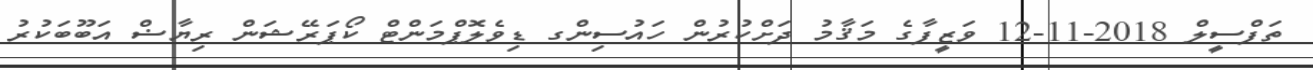
ތަފްސީލް 2018-11-12 ވަޒީފާގެ މަޤާމު ދަށްކުރުން ހައުސިންގ ޑިވެލޮޕްމަންޓް ކޯޕަރޭޝަން ރިޔާޟް އަބޫބަކުރު